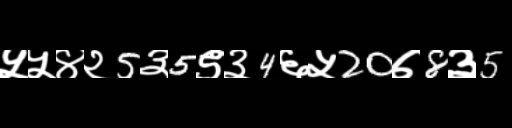
Text: ५५४२5३5९३4६५20७8३5